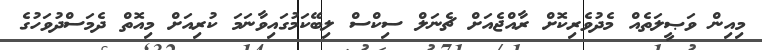
މިއިން ވަޞީލަތެއް މެދުވެރިކޮށް ރާއްޖެއަށް ޗެނަލް ސިކްސް ލިބޭކަމުގައިވާނަމަ ކުރިއަށް މިއޮތް ދެމަސްދުވަހުގެ